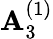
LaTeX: {\mathbf{A}}_{3}^{(1)}